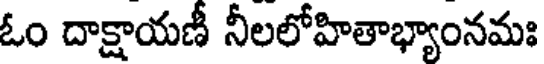
ఓం దాక్షాయణీ నీలలోహితాభ్యాంనమః